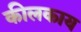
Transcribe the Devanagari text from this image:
कीलकाय